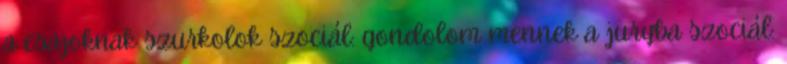
a csajoknak szurkolok szociál: gondolom mennek a juryba szociál: